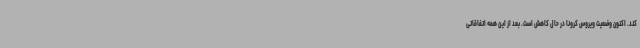
کند. اکنون وضعیت ویروس کرونا در حال کاهش است. بعد از این همه اتفاقاتی